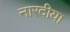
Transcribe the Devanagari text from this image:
नारदीया